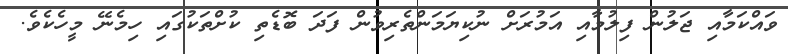
ވައްކަމާއި ޖަލުން ފިލުމާއި އަމުރަށް ނުކިޔަމަންތެރިވުން ފަދަ ބޮޑެތި ކުށްތަކުގައި ހިމެނޭ މީހެކެވެ.